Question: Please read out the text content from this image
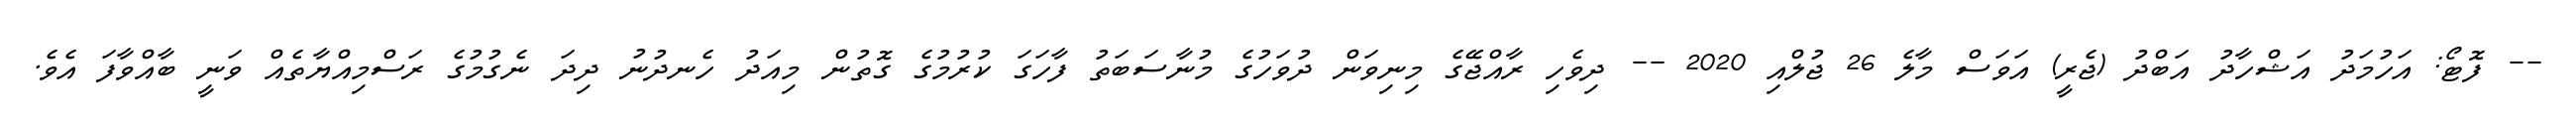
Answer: -- ފޮޓޯ: އަހުމަދު އަޝްހާދު އަބްދު (ޖެރީ) އަވަސް މާލެ 26 ޖުލްއި 2020 -- ދިވެހި ރާއްޖޭގެ މިނިވަން ދުވަހުގެ މުނާސަބަތު ފާހަގަ ކުރުމުގެ ގޮތުން މިއަދު ހެނދުނު ދިދަ ނެގުމުގެ ރަސްމިއްޔާތެއް ވަނީ ބާއްވާފަ އެވެ.